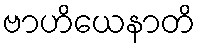
ဗာဟိယေနာတိ